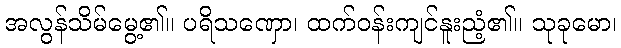
အလွန်သိမ်မွေ့၏။ ပရိသဏှော၊ ထက်ဝန်းကျင်နူးညံ့၏။ သုခုမော၊